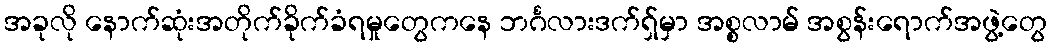
အခုလို နောက်ဆုံးအတိုက်ခိုက်ခံရမှုတွေကနေ ဘင်္ဂလားဒက်ရှ်မှာ အစ္စလာမ် အစွန်းရောက်အဖွဲ့တွေ